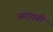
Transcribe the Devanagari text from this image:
आठ्वडी